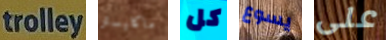
trolley ماكليستر كل يسوع على